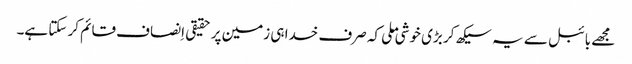
‏ مجھے بائبل سے یہ سیکھ کر بڑی خوشی ملی کہ صرف خدا ہی زمین پر حقیقی اِنصاف قائم کر سکتا ہے۔